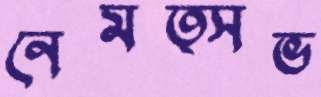
নেমত্সভ